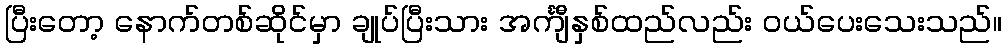
ပြီးတော့ နောက်တစ်ဆိုင်မှာ ချုပ်ပြီးသား အင်္ကျီနှစ်ထည်လည်း ဝယ်ပေးသေးသည်။